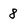
Character: 8